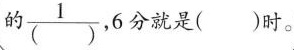
的\frac{1}{( )}，6分就是( )时。